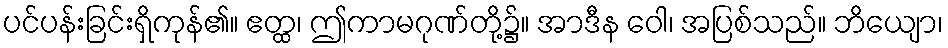
ပင်ပန်းခြင်းရှိကုန်၏။ ဧတ္ထ၊ ဤကာမဂုဏ်တို့၌။ အာဒီန ဝေါ၊ အပြစ်သည်။ ဘိယျော၊